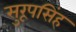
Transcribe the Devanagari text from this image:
सुरूपसिंह